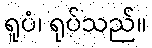
ရူပံ၊ ရုပ်သည်။